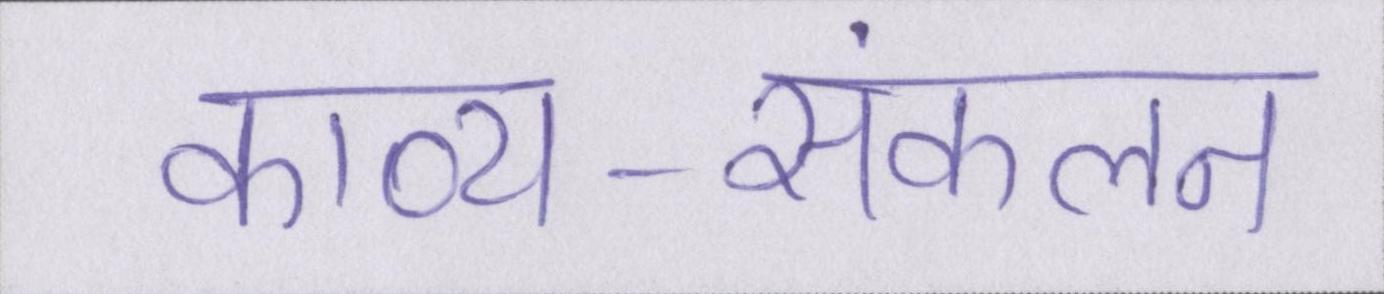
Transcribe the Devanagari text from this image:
काव्य-संकलन